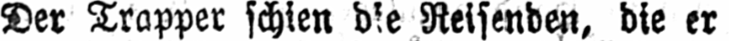
Reisenden, die er